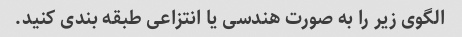
الگوی زیر را به صورت هندسی یا انتزاعی طبقه بندی کنید.